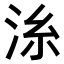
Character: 𣴍